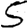
Digit: 5